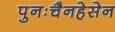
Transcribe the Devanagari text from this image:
पुनःचैनहेसेन